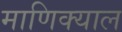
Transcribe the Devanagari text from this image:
माणिक्याल